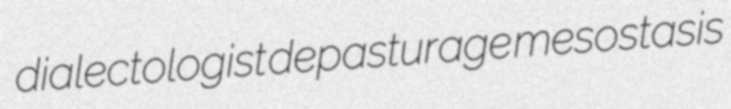
dialectologist depasturage mesostasis